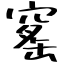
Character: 窰